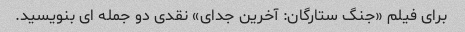
برای فیلم «جنگ ستارگان: آخرین جدای» نقدی دو جمله ای بنویسید.